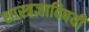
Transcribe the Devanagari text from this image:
शास्त्रज्ञाविषयी